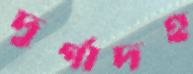
দুর্গাদহ